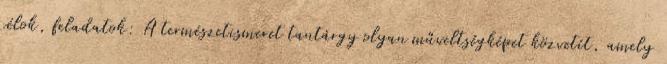
célok, feladatok: A természetismeret tantárgy olyan műveltségképet közvetít, amely